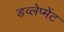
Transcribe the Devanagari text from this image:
डव्लेप्मेंट